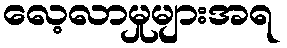
လေ့လာမှုများအရ